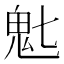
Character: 𬴽